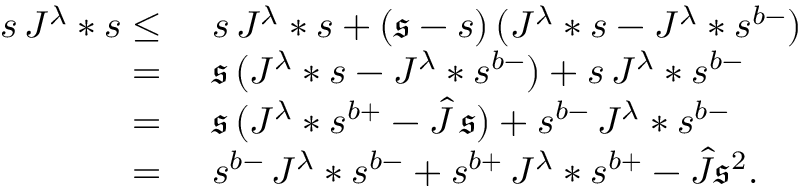
\begin{array} { r l } { s \, J ^ { \lambda } * s \leq } & { \ s \, J ^ { \lambda } * s + ( \mathfrak { s } - s ) \, ( J ^ { \lambda } * s - J ^ { \lambda } * s ^ { b - } ) } \\ { = } & { \ \mathfrak { s } \, ( J ^ { \lambda } * s - J ^ { \lambda } * s ^ { b - } ) + s \, J ^ { \lambda } * s ^ { b - } } \\ { = } & { \ \mathfrak { s } \, ( J ^ { \lambda } * s ^ { b + } - \hat { J } \, \mathfrak { s } ) + s ^ { b - } \, J ^ { \lambda } * s ^ { b - } } \\ { = } & { \ s ^ { b - } \, J ^ { \lambda } * s ^ { b - } + s ^ { b + } \, J ^ { \lambda } * s ^ { b + } - \hat { J } \mathfrak { s } ^ { 2 } . } \end{array}